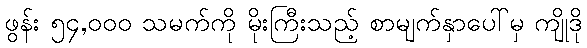
ဖွန်း ၅၄,၀၀၀ သမက်ကို မိုးကြီးသည့် စာမျက်နှာပေါ်မှ ကျိုဒို